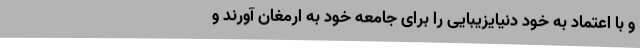
و با اعتماد به خود دنیایزیبایی را برای جامعه خود به ارمغان آورند و